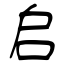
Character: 启